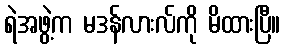
ရဲအဖွဲ့က မဒန်လားလ်ကို မိထားပြီ။